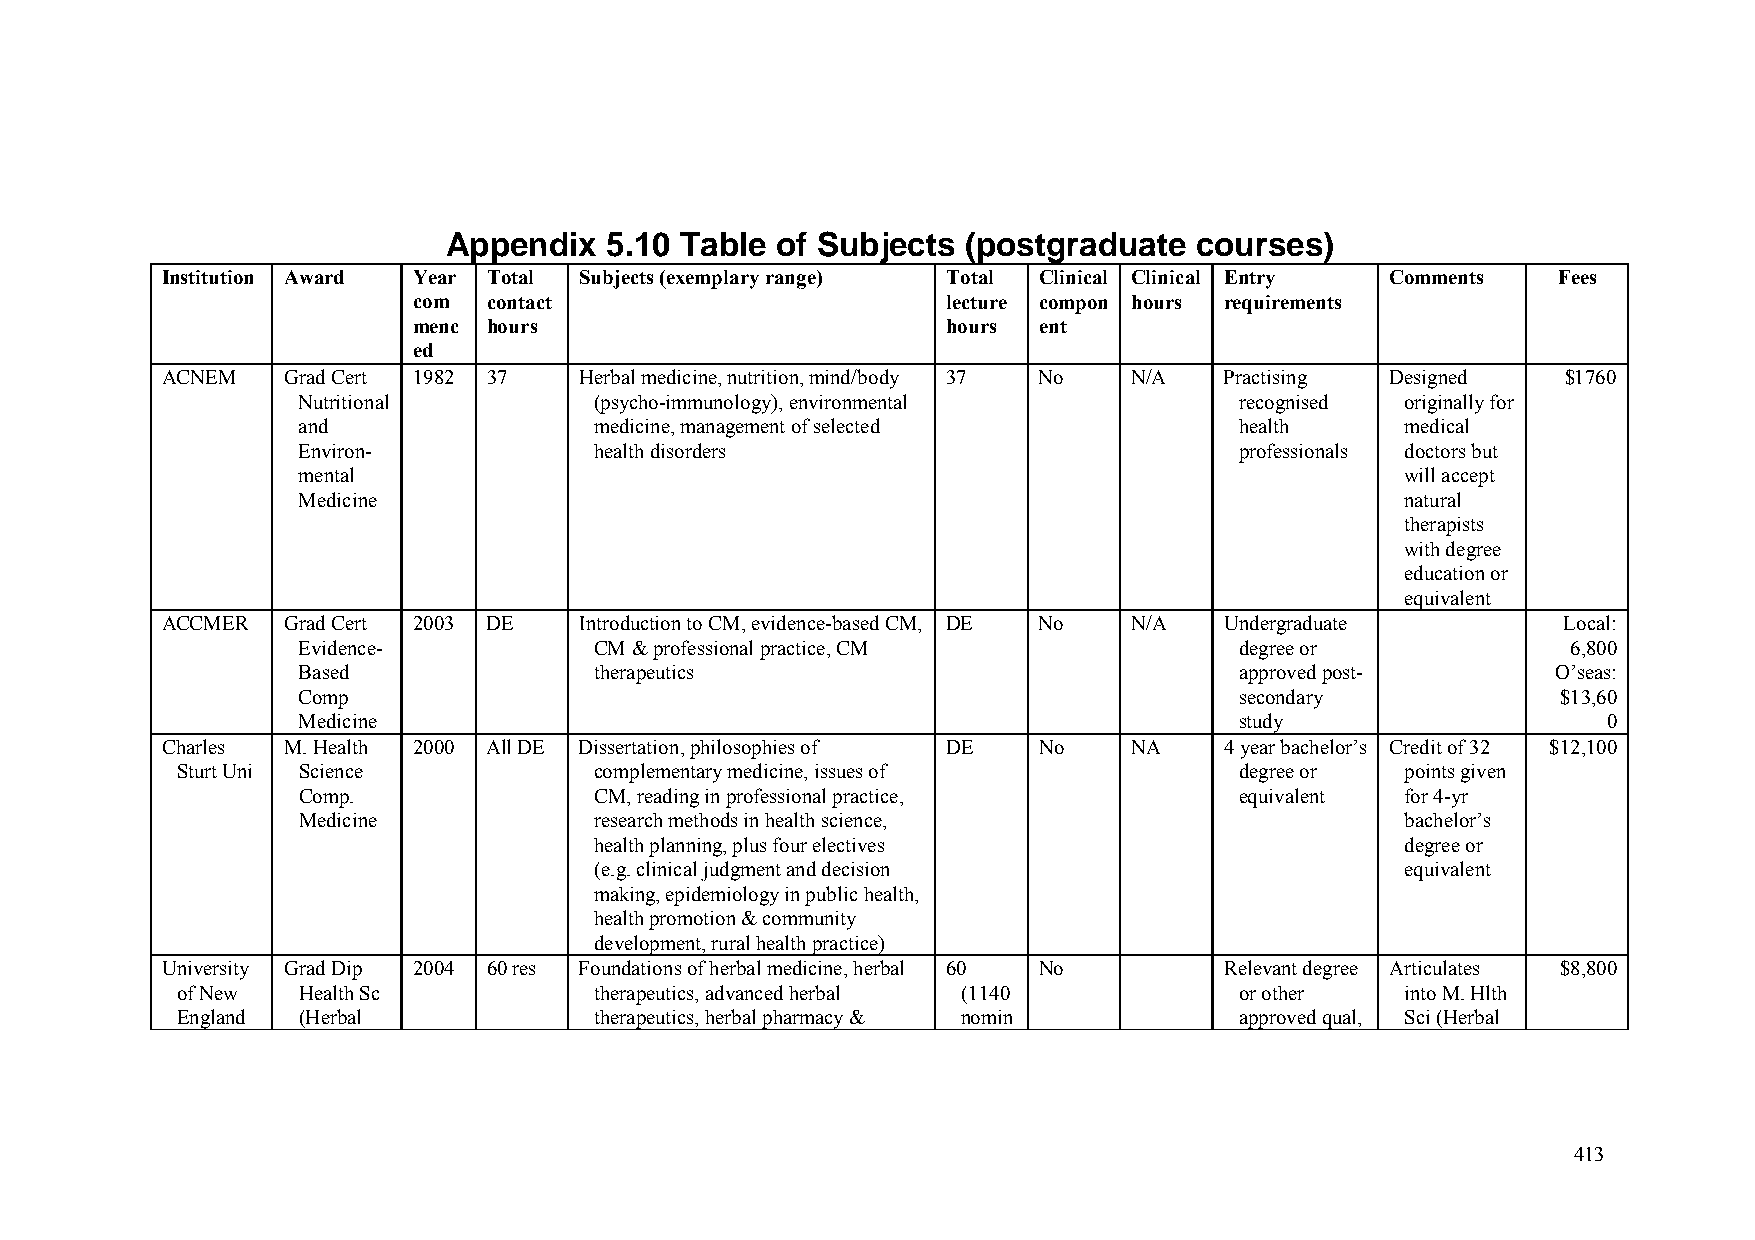
Appendix  5.10 Table of Subjects  (postgraduate  courses)
 Institution Award Year Total Subjects (exemplary range) Total Clinical Clinical Entry Comments Fees
 com  contact                        lecture compon hours requirements
 menc hours                          hours ent
 ed
 ACNEM   Grad Cert 1982 37  Herbal medicine, nutrition, mind/body 37 No N/A Practising Designed $1760
 Nutritional        (psycho-immunology), environmental         recognised originally for
 and                medicine, management of selected           health     medical
 Environ-           health disorders                           professionals doctors but
 mental                                                                   will accept
 Medicine                                                                 natural
 therapists
 with degree
 education or
 equivalent
 ACCMER  Grad Cert 2003 DE  Introduction to CM, evidence-based CM, DE No N/A Undergraduate    Local:
 Evidence-          CM & professional practice, CM             degree or             6,800
 Based              therapeutics                               approved post-       O’seas:
 Comp                                                          secondary            $13,60
 Medicine                                                      study                   0
 Charles M. Health 2000 All DE Dissertation, philosophies of DE No NA  4 year bachelor’s Credit of 32 $12,100
 Sturt Uni Science          complementary medicine, issues of          degree or  points given
 Comp.              CM, reading in professional practice,      equivalent for 4-yr
 Medicine           research methods in health science,                   bachelor’s
 health planning, plus four electives                  degree or
 (e.g. clinical judgment and decision                  equivalent
 making, epidemiology in public health,
 health promotion & community
 development, rural health practice)
 University Grad Dip 2004 60 res Foundations of herbal medicine, herbal 60 No Relevant degree Articulates $8,800
 of New  Health Sc          therapeutics, advanced herbal (1140        or other   into M. Hlth
 England (Herbal            therapeutics, herbal pharmacy & nomin      approved qual, Sci (Herbal
 413